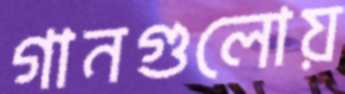
গানগুলোয়